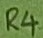
Text: R4